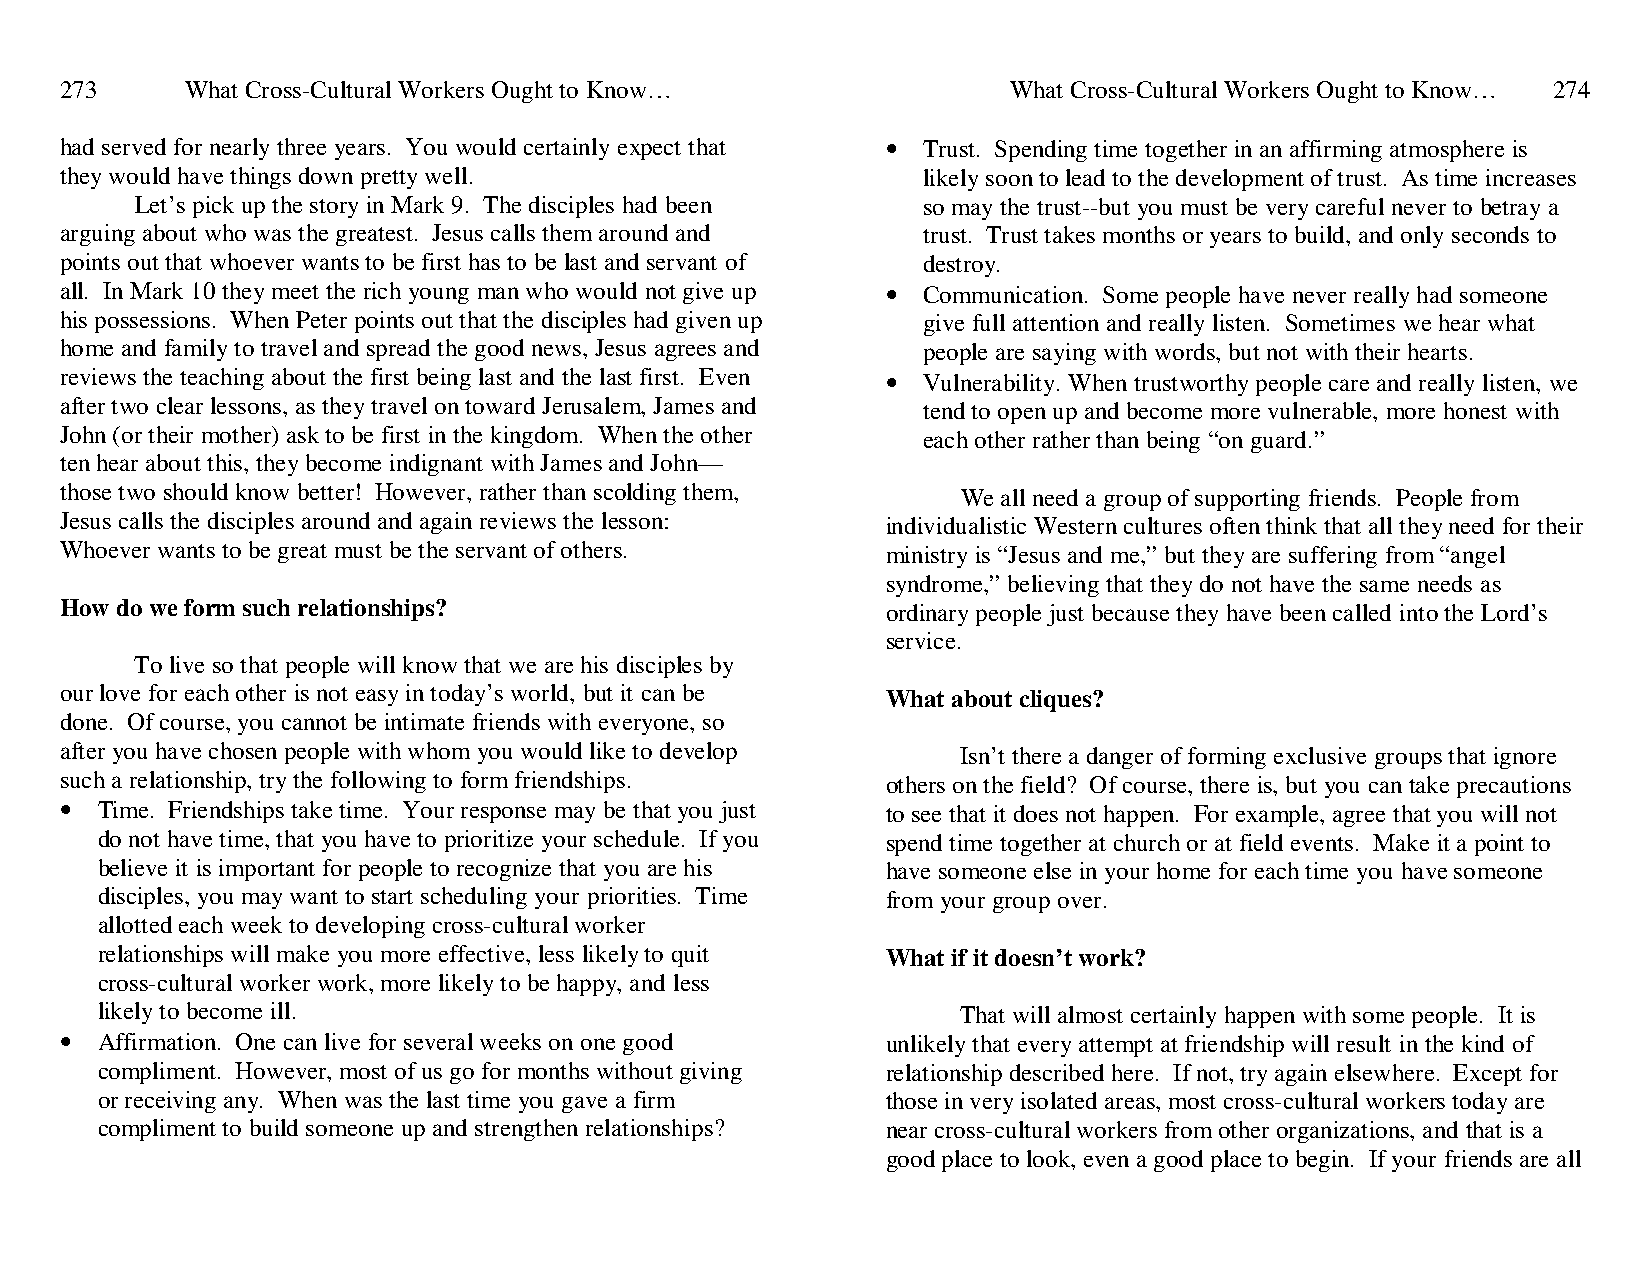
273     What Cross-Cultural Workers Ought to Know…             What Cross-Cultural Workers Ought to Know… 274
 had served for nearly three years. You would certainly expect that • Trust. Spending time together in an affirming atmosphere is
 they would have things down pretty well.                 likely soon to lead to the development of trust. As time increases
 Let’s pick up the story in Mark 9. The disciples had been so may the trust--but you must be very careful never to betray a
 arguing about who was the greatest. Jesus calls them around and trust. Trust takes months or years to build, and only seconds to
 points out that whoever wants to be first has to be last and servant of destroy.
 all. In Mark 10 they meet the rich young man who would not give up • Communication. Some people have never really had someone
 his possessions. When Peter points out that the disciples had given up give full attention and really listen. Sometimes we hear what
 home and family to travel and spread the good news, Jesus agrees and people are saying with words, but not with their hearts.
 reviews the teaching about the first being last and the last first. Even • Vulnerability. When trustworthy people care and really listen, we
 after two clear lessons, as they travel on toward Jerusalem, James and tend to open up and become more vulnerable, more honest with
 John (or their mother) ask to be first in the kingdom. When the other each other rather than being “on guard.”
 ten hear about this, they become indignant with James and John—
 those two should know better! However, rather than scolding them, We all need a group of supporting friends. People from
 Jesus calls the disciples around and again reviews the lesson: individualistic Western cultures often think that all they need for their
 Whoever wants to be great must be the servant of others. ministry is “Jesus and me,” but they are suffering from “angel
 syndrome,” believing that they do not have the same needs as
 How do we form such relationships?                     ordinary people just because they have been called into the Lord’s
 service.
 To live so that people will know that we are his disciples by
 our love for each other is not easy in today’s world, but it can be What about cliques?
 done. Of course, you cannot be intimate friends with everyone, so
 after you have chosen people with whom you would like to develop Isn’t there a danger of forming exclusive groups that ignore
 such a relationship, try the following to form friendships. others on the field? Of course, there is, but you can take precautions
 • Time. Friendships take time. Your response may be that you just to see that it does not happen. For example, agree that you will not
 do not have time, that you have to prioritize your schedule. If you spend time together at church or at field events. Make it a point to
 believe it is important for people to recognize that you are his have someone else in your home for each time you have someone
 disciples, you may want to start scheduling your priorities. Time from your group over.
 allotted each week to developing cross-cultural worker
 relationships will make you more effective, less likely to quit What if it doesn’t work?
 cross-cultural worker work, more likely to be happy, and less
 likely to become ill.                                     That will almost certainly happen with some people. It is
 • Affirmation. One can live for several weeks on one good unlikely that every attempt at friendship will result in the kind of
 compliment. However, most of us go for months without giving relationship described here. If not, try again elsewhere. Except for
 or receiving any. When was the last time you gave a firm those in very isolated areas, most cross-cultural workers today are
 compliment to build someone up and strengthen relationships? near cross-cultural workers from other organizations, and that is a
 good place to look, even a good place to begin. If your friends are all